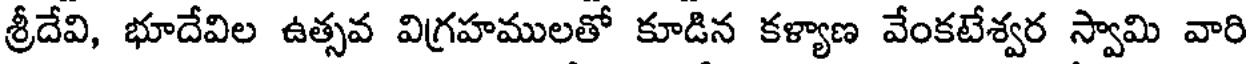
శ్రీదేవి, భూదేవిల ఉత్సవ విగ్రహములతో కూడిన కళ్యాణ వేంకటేశ్వర స్వామి వారి